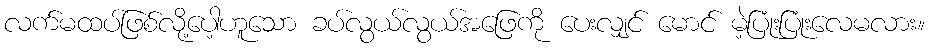
လက်မထပ်ဖြစ်လို့ပေါ့ဟူသော ခပ်လွယ်လွယ်အဖြေကို ပေးလျှင် မောင် မဲ့ပြုံးပြုံးလေမလား။